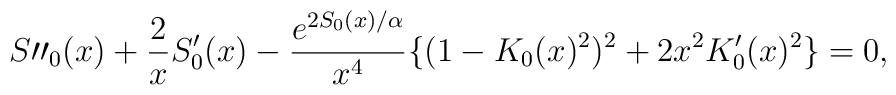
S\prime \prime _{0}(x)+\frac{2}{x}S^{\prime }_{0}(x)-\frac{e^{2S_{0}(x)/\alpha }}{x^{4}}\{(1-K_{0}(x)^{2})^{2}+2x^{2}K^{\prime }_{0}(x)^{2}\}=0,